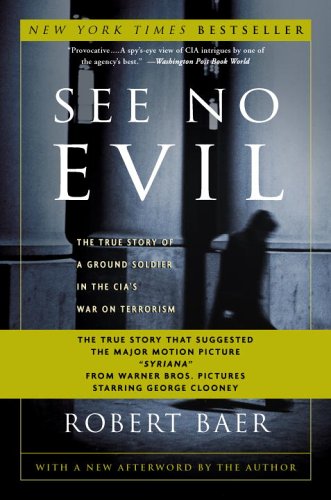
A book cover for See No Evil: The True Story of a Ground Soldier in the CIA's War on Terrorism; Robert Baer; Biographies & Memoirs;